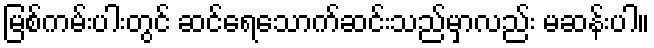
မြစ်ကမ်းပါးတွင် ဆင်ရေသောက်ဆင်းသည်မှာလည်း မဆန်းပါ။